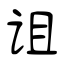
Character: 诅